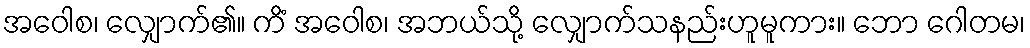
အဝေါစ၊ လျှောက်၏။ ကိံ အဝေါစ၊ အဘယ်သို့ လျှောက်သနည်းဟူမူကား။ ဘော ဂေါတမ၊